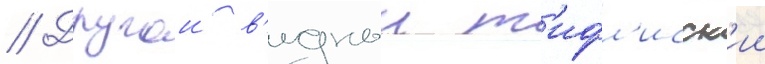
// Другои в'идныи т'ифл'исск'ии